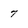
Character: 7